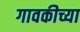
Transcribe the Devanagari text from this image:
गावकीच्या